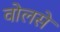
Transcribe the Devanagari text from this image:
वोलसे